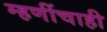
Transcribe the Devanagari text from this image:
म्हणींचाही